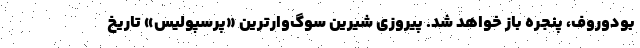
بودوروف، پنجره باز خواهد شد. پیروزی شیرین سوگ‌وارترین «پرسپولیس» تاریخ